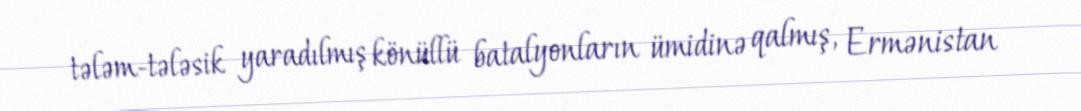
tələm-tələsik yaradılmış könüllü batalyonların ümidinə qalmış, Ermənistan